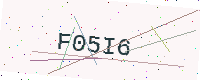
Text: F05I6